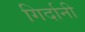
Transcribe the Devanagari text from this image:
गिर्दानी